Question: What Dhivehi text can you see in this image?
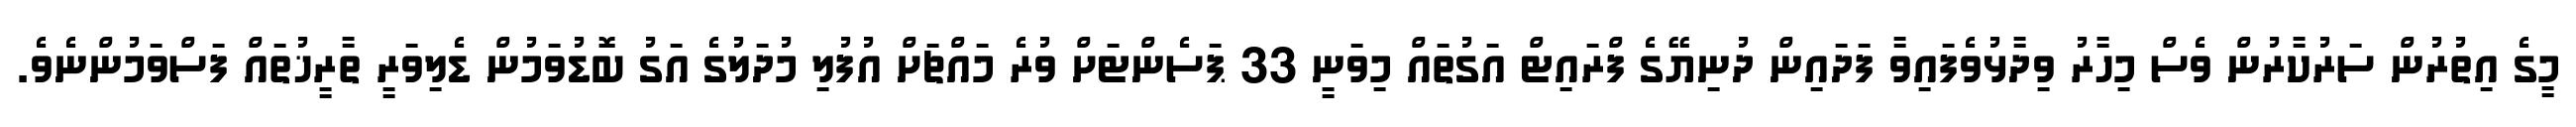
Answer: މީގެ އިތުރުން ސަރުކާރުން ވެސް މިހާރު ވިދާޅުވެފައިވާ ފަދައިން ދުނިޔޭގެ ފްރައިޓް އަގުތައް މިވަނީ 33 ޕަސެންޓަށް ވުރެ މައްޗަށް އުފުލި މުދަލުގެ އަގު ބޮޑުވަމުން ޑެލިވަރީ ތާރީޚުތައް ފަސްވަމުންނެވެ.